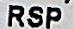
RSP